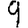
Digit: 9